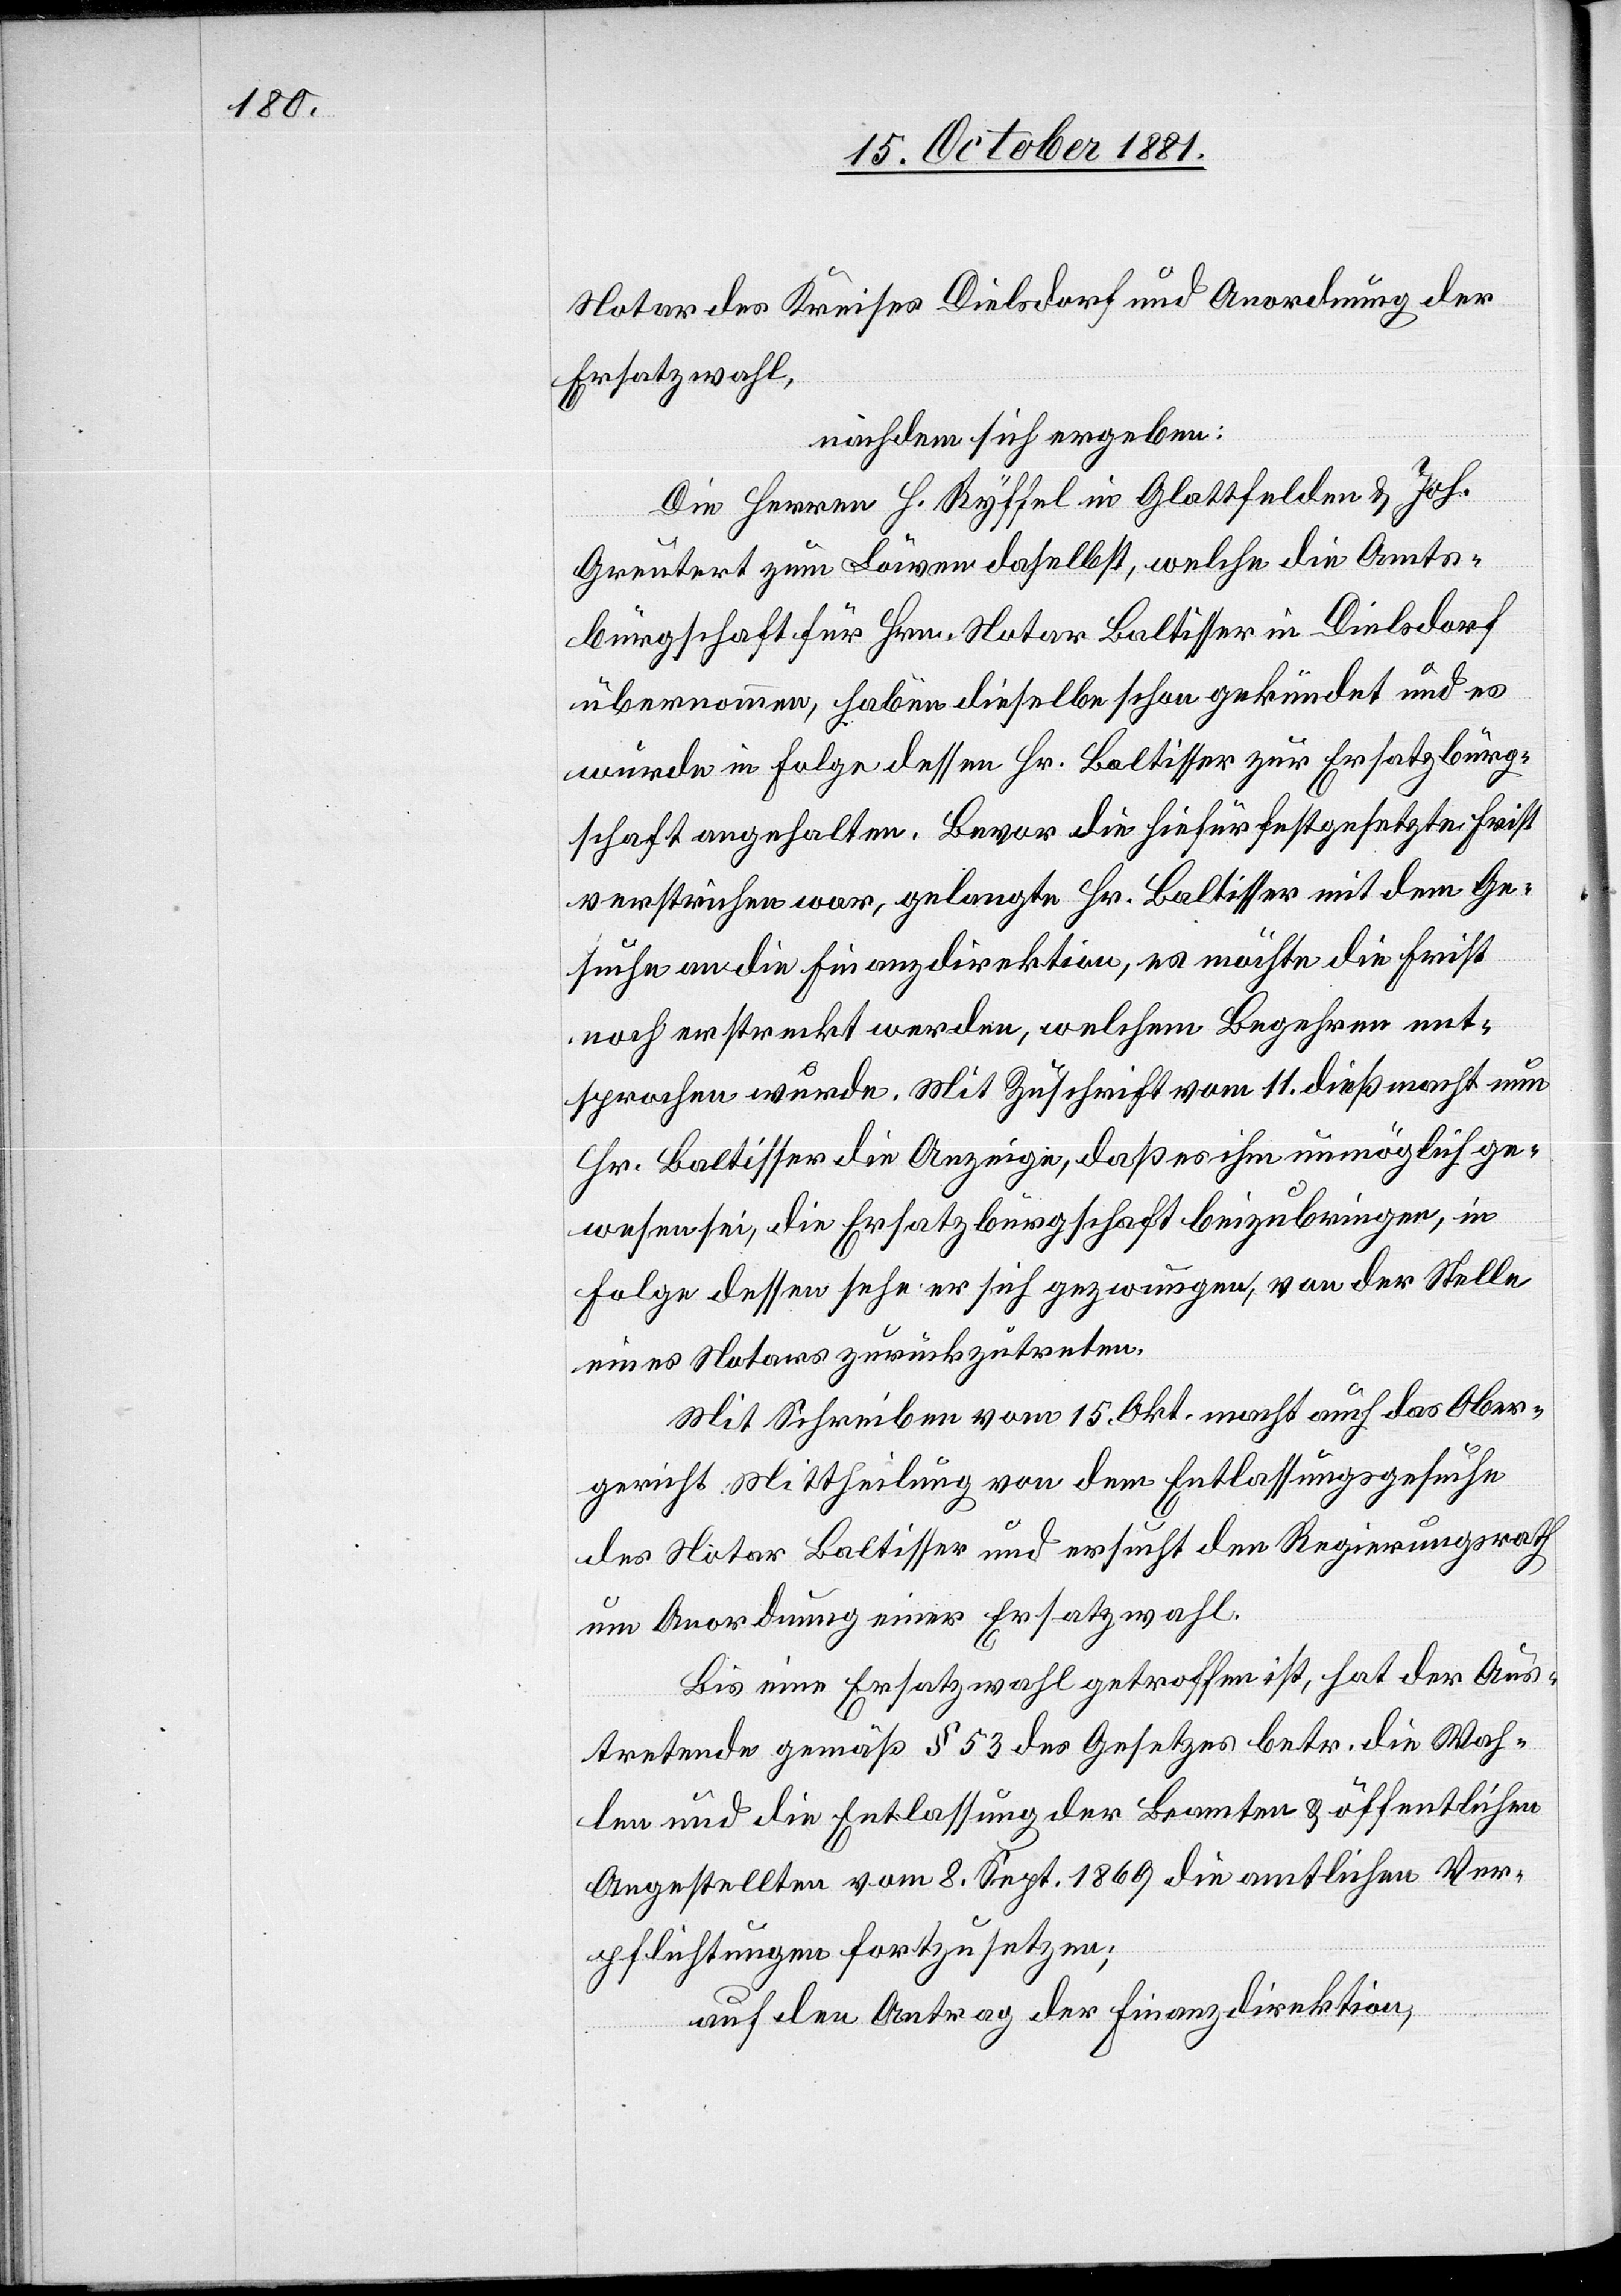
Notar des Kreises Dielsdorf und Anordnung der
Ersatzwahl,
nachdem sich ergeben:
Die Herren H. Ryffel in Glattfelden & Joh.
Greutert zum Löwen daselbst, welche die Amts¬
bürgschaft für Hrn. Notar Baltisser in Dielsdorf
übernommen, haben dieselbe schon gekündet und es
Gesuche an die Finanzdirektion, es möchte die Frist
noch erstreckt werden, welchem Begehren ent¬
sprochen wurde. Mit Zuschrift vom 11. dies macht nun
Hr. Baltisser die Anzeige, daß es ihm unmöglich ge¬
wesen sei, die Ersatzbürgschaft beizubringen, in
Folge dessen sehe er sich gezwungen, von der Stelle
eines Notars zurückzutreten.
Mit Schreiben vom 15. Okt. macht auch das Ober¬
gericht Mittheilung von dem Entlassungsgesuche
des Notar Baltisser und ersucht den Regierungsrath
um Anordnung einer Ersatzwahl.
Bis eine Ersatzwahl getroffen ist, hat der Aus¬
tretende gemäß § 53 des Gesetzes betr. die Wah¬
len und die Entlassung der Beamten & öffentlichen
Angestellten vom 8. Sept. 1869 die amtlichen Ver¬
pflichtungen fortzusetzen;
auf den Antrag der Finanzdirektion,